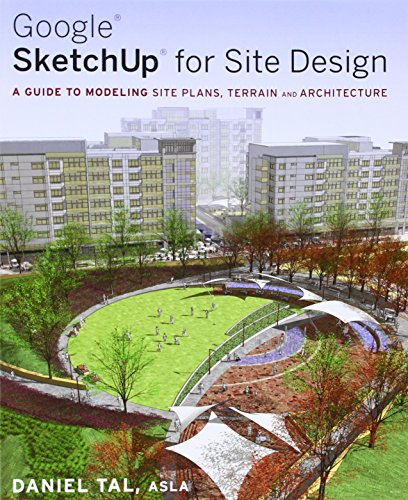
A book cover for Google SketchUp for Site Design: A Guide to Modeling Site Plans, Terrain and Architecture; Daniel Tal; Arts & Photography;